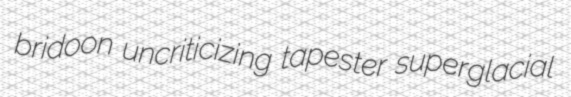
bridoon uncriticizing tapester superglacial